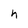
Character: h